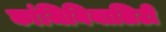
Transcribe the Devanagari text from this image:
कांजिनियालिटी